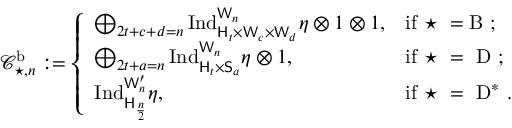
\mathcal { C } _ { \star , n } ^ { \mathrm b } : = \left\{ \begin{array} { l l } { \bigoplus _ { \substack { 2 t + c + d = n } } \mathrm { I n d } _ { \mathsf { H } _ { t } \times \mathsf { W } _ { c } \times \mathsf { W } _ { d } } ^ { \mathsf { W } _ { n } } \eta \otimes 1 \otimes 1 , } & { \mathrm { i f ~ \star ~ = B ~ } ; \medskip } \\ { \bigoplus _ { \substack { 2 t + a = n } } \mathrm { I n d } _ { \mathsf { H } _ { t } \times \mathsf { S } _ { a } } ^ { \mathsf { W } _ { n } } \eta \otimes 1 , } & { \mathrm { i f ~ \star ~ = ~ D ~ } ; \medskip } \\ { \mathrm { I n d } _ { \mathsf { H } _ { \frac { n } { 2 } } } ^ { \mathsf { W } _ { n } ^ { \prime } } \eta , } & { \mathrm { i f ~ \star ~ = ~ D ^ * ~ } . } \end{array} \right.